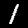
Digit: 1